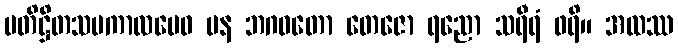
ပတိဋ္ဌိတသမကာလမေဝ ပန ဘဂဝတော တေဇော ရညော သရီရံ ဖရိ။ အထဿ